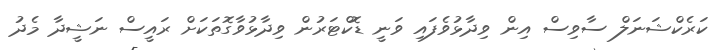
ކަރެކްޝަނަލް ސާވިސް އިން ވިދާޅުވެފައި ވަނީ ޑޮކްޓަރުން ވިދާޅުވާގޮތަކަށް ރައީސް ނަޝީދާ މެދު